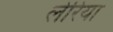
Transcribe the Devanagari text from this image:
लेरिया